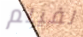
لفيلم